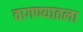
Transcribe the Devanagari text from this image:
वागण्यातला